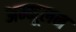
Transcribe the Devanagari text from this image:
अन्मूलन